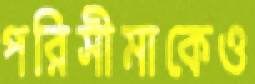
পরিসীমাকেও